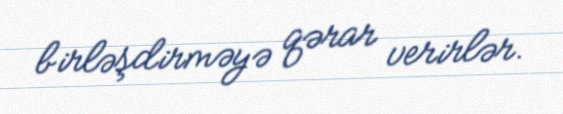
birləşdirməyə qərar verirlər.